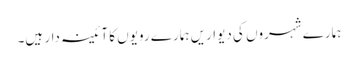
ہمارے شہروں کی دیواریں ہمارے رویوں کا آئینہ دار ہیں۔